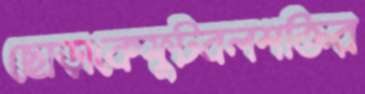
ছোড়াকেফুটবলশক্তির